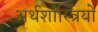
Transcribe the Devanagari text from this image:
अर्थशास्त्रियो